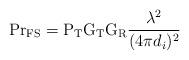
LaTeX: \begin{align*}\mathrm \Pr_{\mathrm{FS}}= \mathrm{P_{T}} \mathrm{G_{T}} \mathrm{G_{R}} \frac{\lambda^2 }{(4 \pi d_{i})^2}\end{align*}